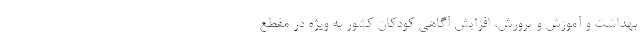
بهداشت و آموزش و پرورش، افزایش آگاهی کودکان کشور به ویژه در مقطع